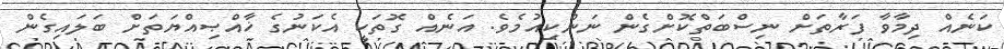
ކަނެއް ދިމާވާ ފަރާތަށް ނިސްބަތްކޮށްގެން ނަންކިއުމެވެ. އަނެއް ގޮތަކީ އެކަނުގެ ޚާއްޞިއްޔަތަށް ބަލައިގެން